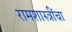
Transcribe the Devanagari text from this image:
रामशास्त्रींचा